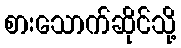
စားသောက်ဆိုင်သို့